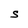
Character: S